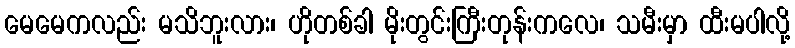
မေမေကလည်း မသိဘူးလား၊ ဟိုတစ်ခါ မိုးတွင်းကြီးတုန်းကလေ၊ သမီးမှာ ထီးမပါလို့